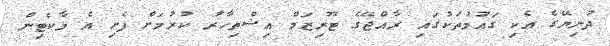
ދުނިޔޭގެ އެކި ގައުމުތަކުގައި ރާއްޖޭގެ ޓޫރިޒަމް އިޝްތިހާރު ކުރުމަށް ފެށި އެ މާކެޓިން